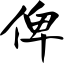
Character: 俾